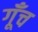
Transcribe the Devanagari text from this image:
गूँच